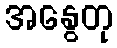
အနွေတု